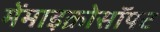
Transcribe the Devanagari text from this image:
मेंमाइक्रोसॉफ्ट